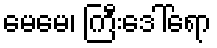
မေမေ၊ ကြီးဒေါ်ရော